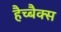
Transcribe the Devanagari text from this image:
हैच्बैक्स